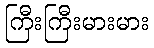
ကြီးကြီးမားမား